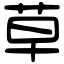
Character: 草